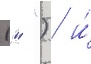
(" ") / и́